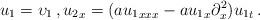
LaTeX: \begin{align*} u_1={\upsilon_1}\, , {u_2}_x=(a {{u_1}_{xxx}}-a {u_1}_x \partial_x^2){u_1}_t\, .\end{align*}